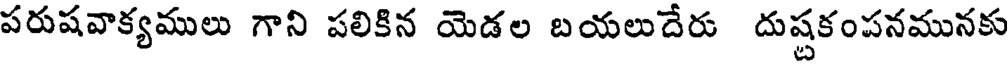
పరుషవాక్యములు గాని పలికిన యెడల బయలుదేరు దుష్టకంపనమునకు